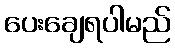
ပေးချေရပါမည်